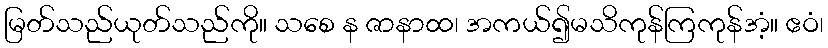
မြတ်သည်ယုတ်သည်ကို။ သစေ န ဇာနာထ၊ အကယ်၍မသိကုန်ကြကုန်အံ့။ ဧဝံ၊